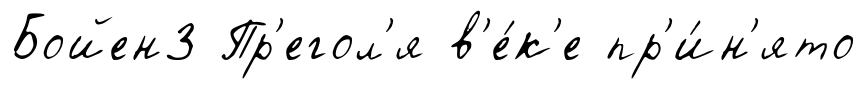
Бойен3 Пр'егол'я в'е́к'е пр'и́н'ято